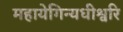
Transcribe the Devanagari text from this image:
महायेगिन्यधीश्वरि